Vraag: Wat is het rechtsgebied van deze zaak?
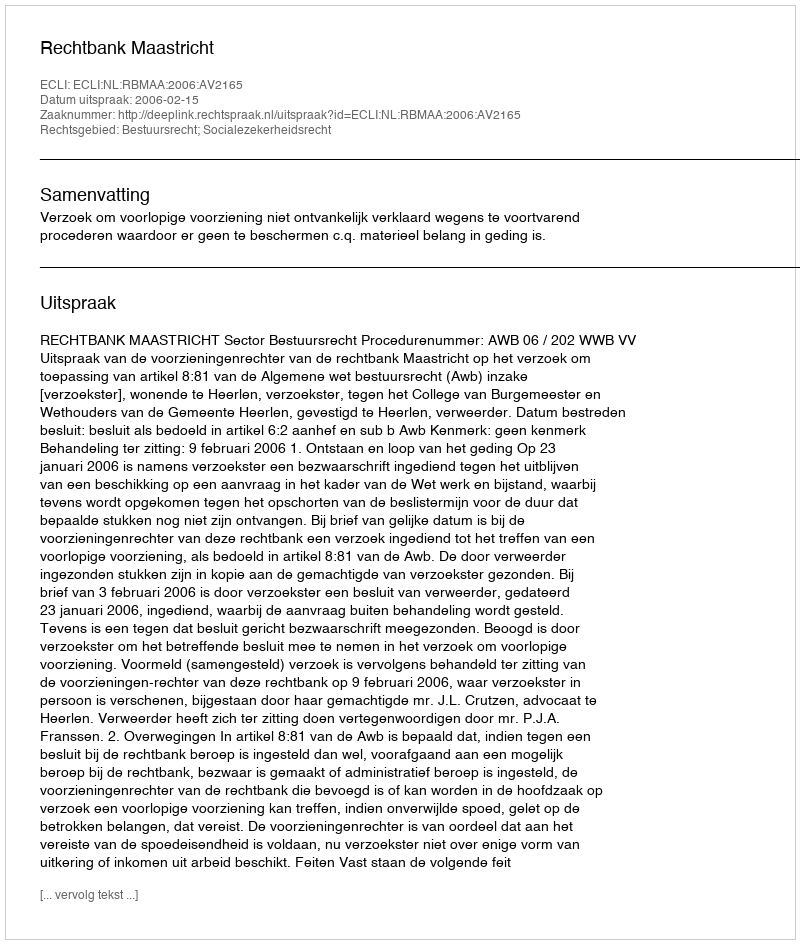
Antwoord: Bestuursrecht; Socialezekerheidsrecht